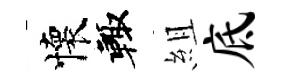
懷輙組底